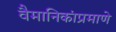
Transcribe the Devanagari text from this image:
वैमानिकांप्रमाणे